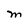
Character: M